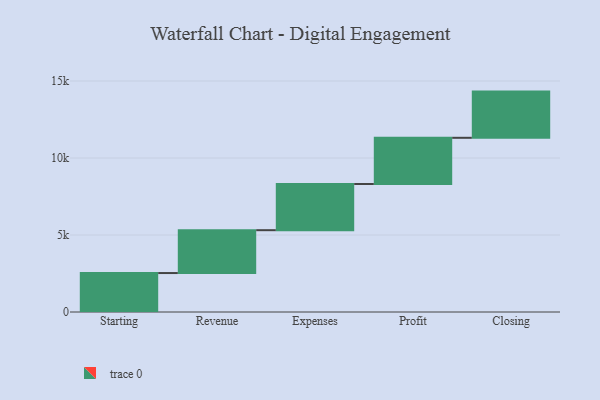
{"axis": {"x": "Step", "y": "Value"}, "legend": [""], "data": [{"x": "Starting", "y": 2530.0, "type": ""}, {"x": "Revenue", "y": 2783.0, "type": ""}, {"x": "Expenses", "y": 3000, "type": ""}, {"x": "Profit", "y": 3000, "type": ""}, {"x": "Closing", "y": 3000, "type": ""}]}